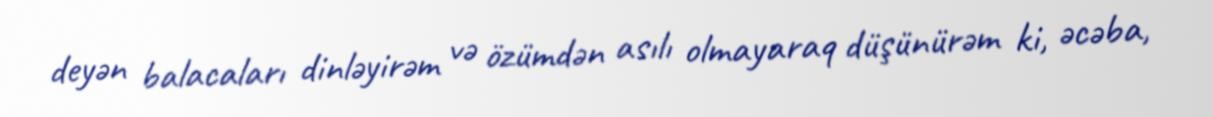
deyən balacaları dinləyirəm və özümdən asılı olmayaraq düşünürəm ki, əcəba,